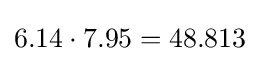
6.14\cdot 7.95=48.813